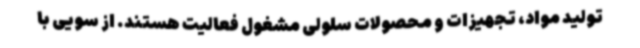
تولید مواد، تجهیزات و محصولات سلولی مشغول فعالیت هستند. از سویی با